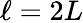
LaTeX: \ell=2L